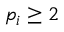
p _ { i } \geq 2